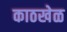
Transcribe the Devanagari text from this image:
काठखेळ